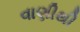
વાણીથી